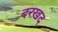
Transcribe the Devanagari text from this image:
दरख़द